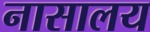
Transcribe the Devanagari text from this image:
नासालय